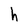
Character: h